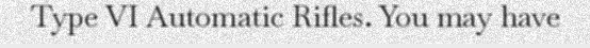
Type VI Automatic Rifles. You may have